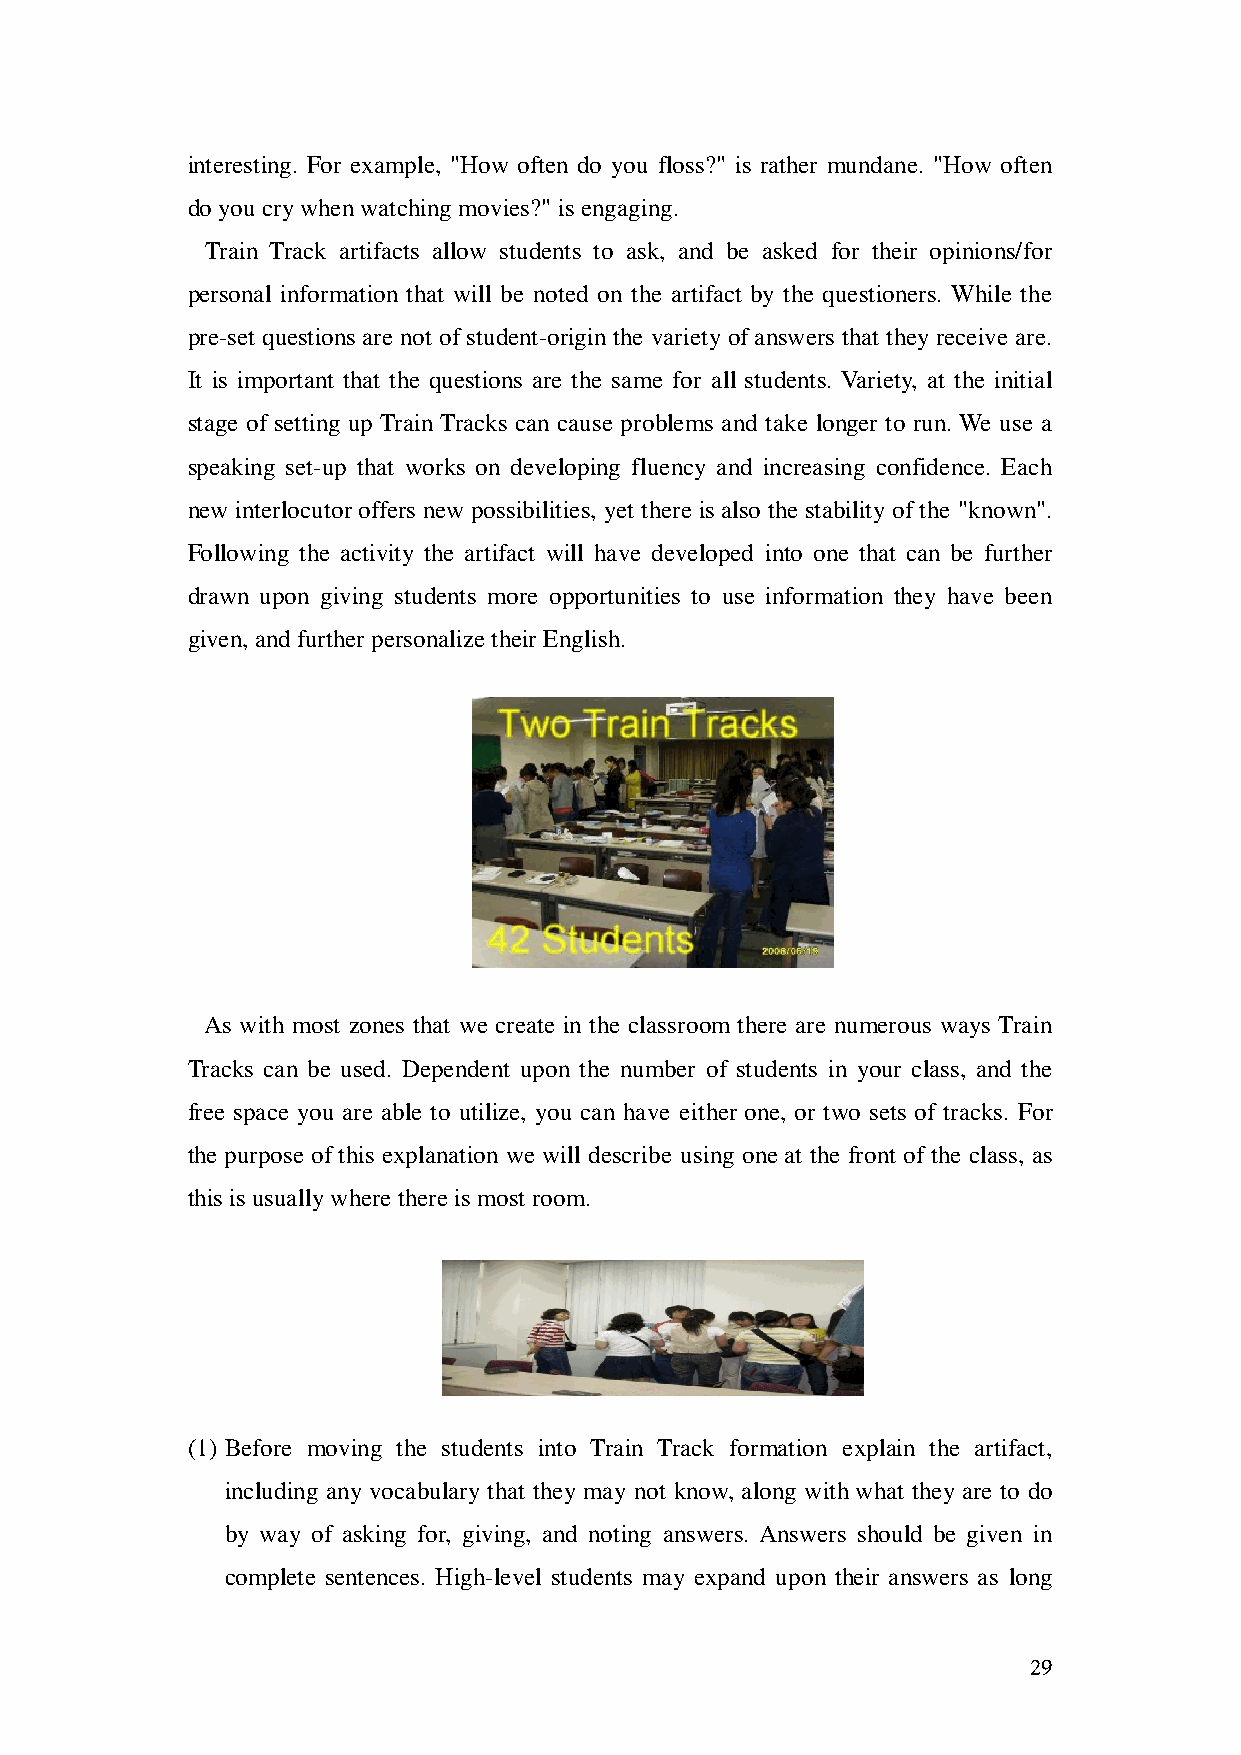
interesting. For example, "How often do you floss?" is rather mundane. "How often
 do you cry when watching movies?" is engaging.
 Train Track artifacts allow students to ask, and be asked for their opinions/for
 personal information that will be noted on the artifact by the questioners. While the
 pre-set questions are not of student-origin the variety of answers that they receive are.
 It is important that the questions are the same for all students. Variety, at the initial
 stage of setting up Train Tracks can cause problems and take longer to run. We use a
 speaking set-up that works on developing fluency and increasing confidence. Each
 new interlocutor offers new possibilities, yet there is also the stability of the "known".
 Following the activity the artifact will have developed into one that can be further
 drawn upon giving students more opportunities to use information they have been
 given, and further personalize their English.
 As with most zones that we create in the classroom there are numerous ways Train
 Tracks can be used. Dependent upon the number of students in your class, and the
 free space you are able to utilize, you can have either one, or two sets of tracks. For
 the purpose of this explanation we will describe using one at the front of the class, as
 this is usually where there is most room.
 (1) Before moving the students into Train Track formation explain the artifact,
 including any vocabulary that they may not know, along with what they are to do
 by way of asking for, giving, and noting answers. Answers should be given in
 complete sentences. High-level students may expand upon their answers as long
 29